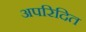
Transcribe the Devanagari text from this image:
अपरिदित